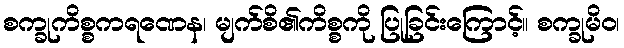
စက္ခုကိစ္စကရဏေန၊ မျက်စိ၏ကိစ္စကို ပြုခြင်းကြောင့်။ စက္ခုမိဝ၊